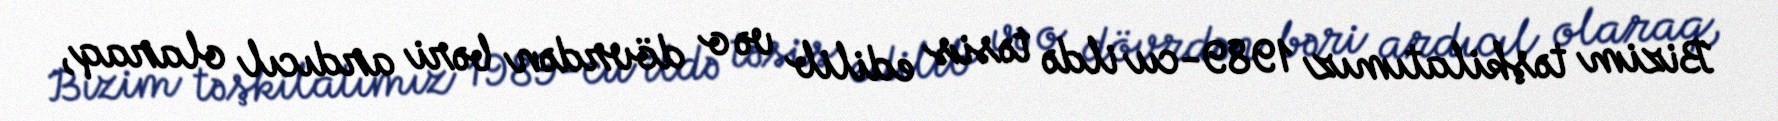
Bizim təşkilatımız 1989-cu ildə təsis edilib və o dövrdən bəri ardıcıl olaraq,